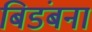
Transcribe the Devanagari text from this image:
बिडंबना